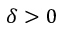
\delta > 0